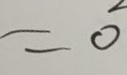
= 0